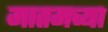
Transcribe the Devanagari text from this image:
मातमच्या